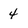
Character: 4